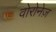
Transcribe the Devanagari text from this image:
वोरोनेज़